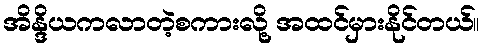
အိန္ဒိယကလာတဲ့စကားလို့ အထင်မှားနိုင်တယ်။